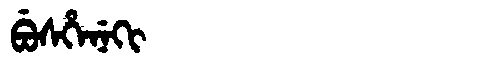
Manchu: ᠪᡠᠰᡥᡝᠨᡝᡴᡳ
Romanization: BUSHENEKI